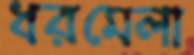
ধরমেলা